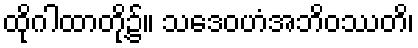
ထိုဂါထာတို့၌။ သဒေဝဟံအဘိဝဿတိ၊